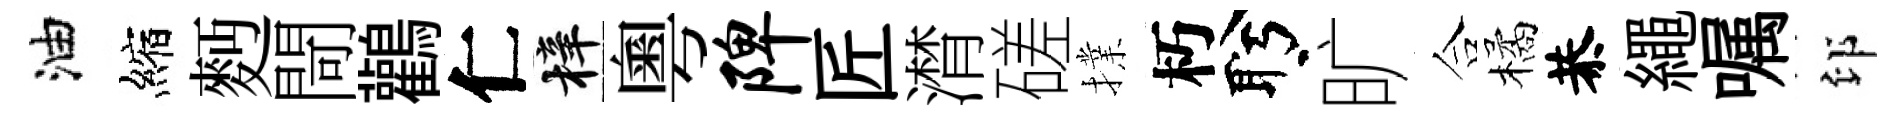
油縮麪閜鸛仁梓粵陴匠潸磋擈朽盻旷合橘恭繩嘱印